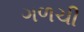
ગળચી